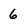
Character: 6